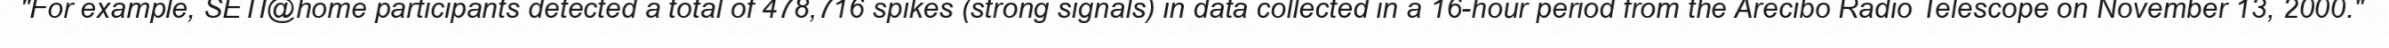
"For example, SETI@home participants detected a total of 478,716 spikes (strong signals) in data collected in a 16-hour period from the Arecibo Radio Telescope on November 13, 2000."